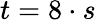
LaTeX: t=8\cdot s